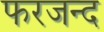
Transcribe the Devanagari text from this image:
फरजन्द